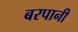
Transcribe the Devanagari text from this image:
बरपानी